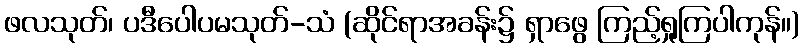
ဖလသုတ်၊ ပဒီပေါပမသုတ်-သံ (ဆိုင်ရာအခန်း၌ ရှာဖွေ ကြည့်ရှုကြပါကုန်။)